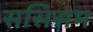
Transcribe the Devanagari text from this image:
ससिसम